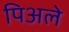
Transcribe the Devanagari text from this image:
पिअले